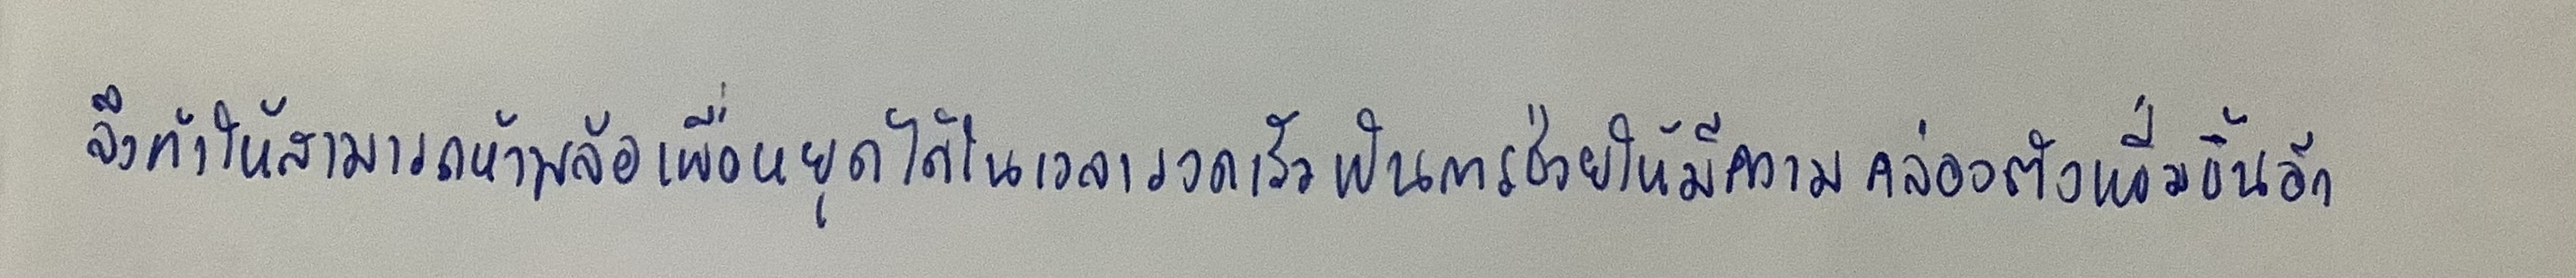
จึงทำให้สามารถห้ามล้อเพื่อหยุดได้ในเวลารวดเร็วเป็นการช่วยให้มีความคล่องตัวเพิ่มขึ้นอีก